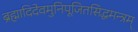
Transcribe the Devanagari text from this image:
ब्रह्मादिदेवमुनिपूजितसिद्धमन्त्रम्